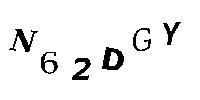
N62DGY